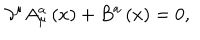
\partial ^ { \mu } A _ { \mu } ^ { a } \left( x \right) + B ^ { a } \left( x \right) = 0 ,